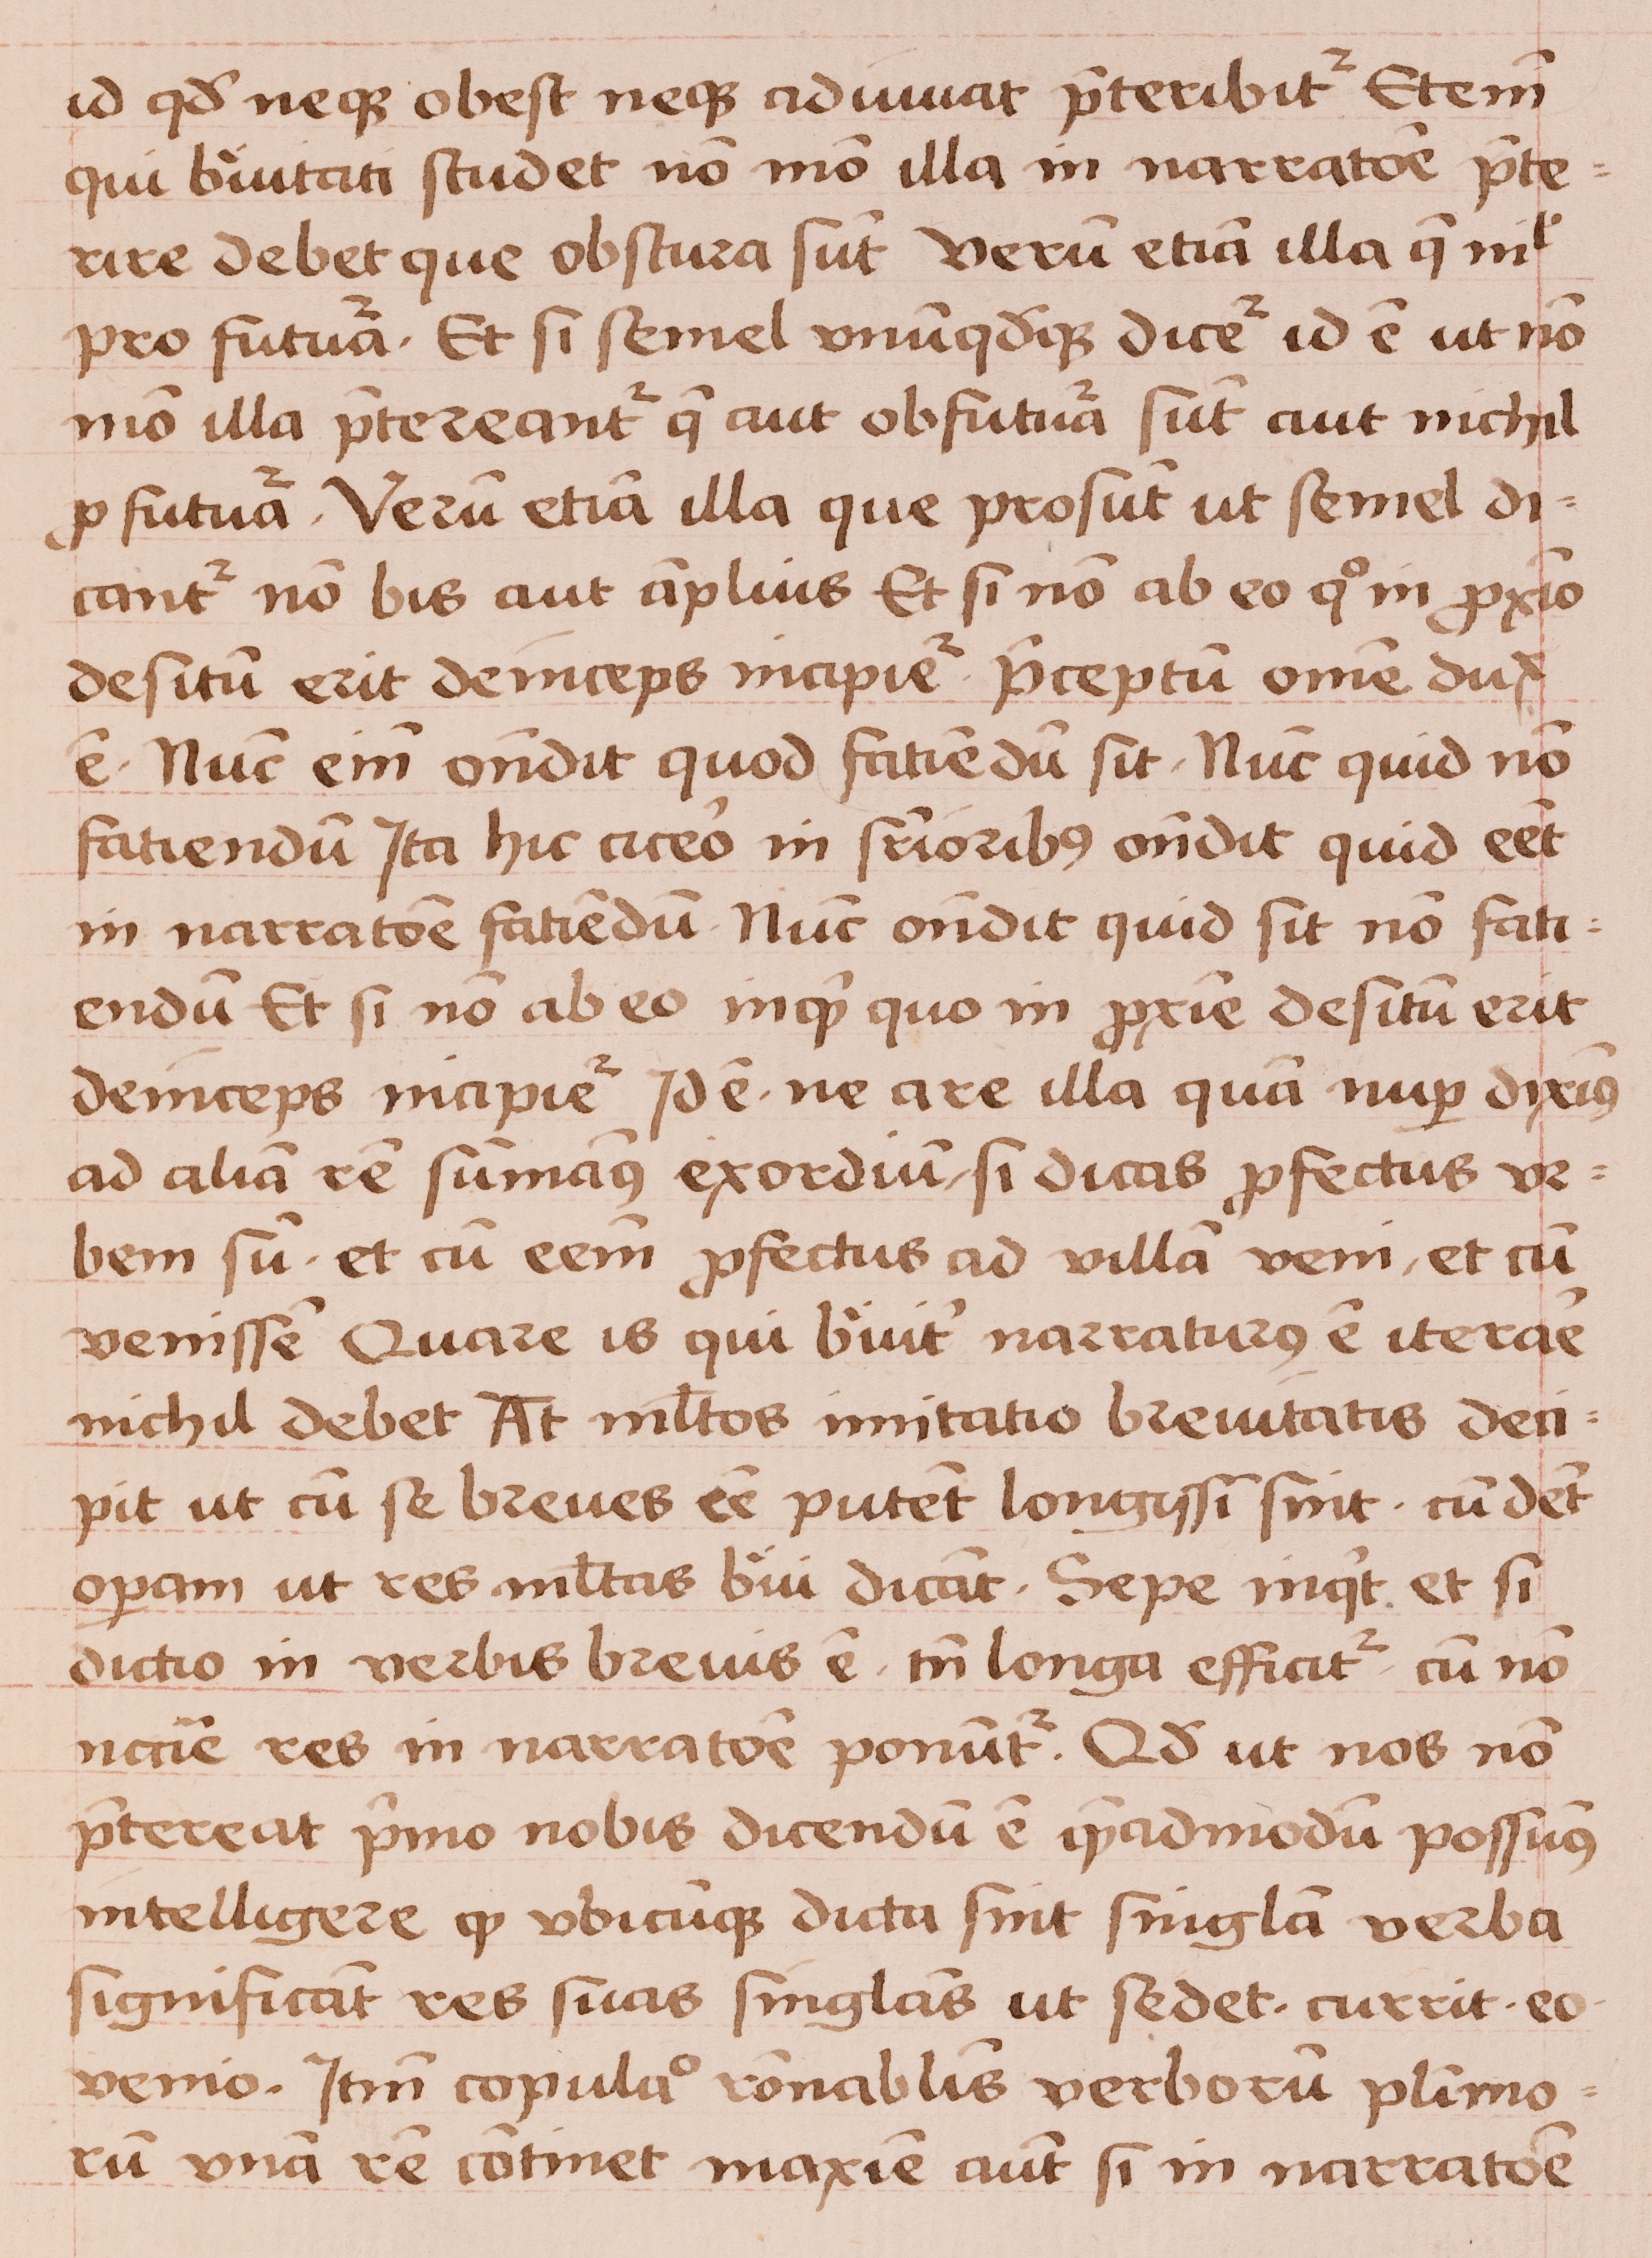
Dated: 1450–1474